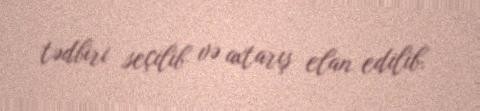
tədbiri seçilib və axtarış elan edilib.